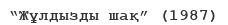
“Жұлдызды шақ” (1987)